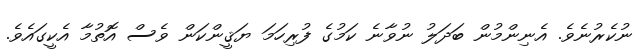
ނުކެރުނެވެ. އެނިންމުން ބަދަލު ނުވާނެ ކަމުގެ ފުރިހަމަ ޔަޤީންކަން ވެސް އޮތުމާ އެކީގައެވެ.